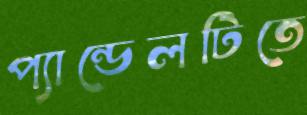
প্যান্ডেলটিতে